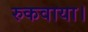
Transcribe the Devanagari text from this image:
रुकवाया।